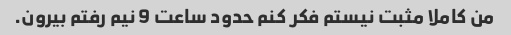
من کاملا مثبت نیستم فکر کنم حدود ساعت 9 نیم رفتم بیرون.